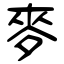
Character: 麥